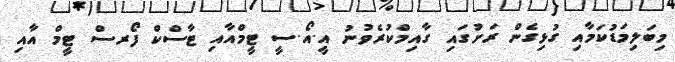
މިބަލިމަޑުކަމާއި ގުޅިގެން ރަށުގައި ގާއިމްކުރެވުނު އީ.އޯ.ސީ ޓީމްއާއި ޓާސްކް ފޯރސް ޓީމް އާއި